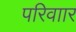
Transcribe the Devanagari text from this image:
परिवाार